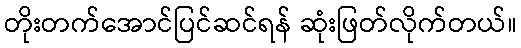
တိုးတက်အောင်ပြင်ဆင်ရန် ဆုံးဖြတ်လိုက်တယ်။